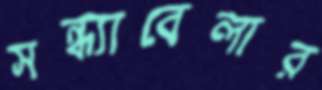
সন্ধ্যাবেলার